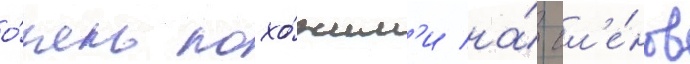
о́чень похо́жим'и на́ чл'е́нов